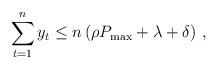
LaTeX: \begin{align*} \sum_{t=1}^n y_t \leq n \left( \rho P_{\max} + \lambda + \delta \right) \,,\, \end{align*}